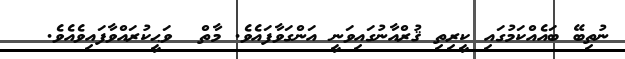
ނުތިބޭ ބައެއްކަމުގައި ކީރިތި ޤުރްއާނުގައިވަނީ އަންގަވާފައެވެ. މާތް  ވަޙީކުރައްވާފައިވެއެވެ.